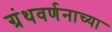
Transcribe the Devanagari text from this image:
ग्रंथवर्णनाच्या